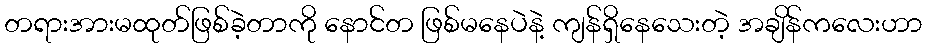
တရားအားမထုတ်ဖြစ်ခဲ့တာကို နောင်တ ဖြစ်မနေပဲနဲ့ ကျန်ရှိနေသေးတဲ့ အချိန်ကလေးဟာ